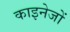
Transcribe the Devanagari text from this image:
काइनेजों